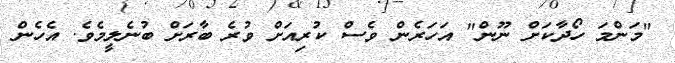
"މަންމަ ހޯދާކަށް ނޫން" އަހަރެން ވެސް ކުރިއަށް ވުރެ ބާރަށް ބުނެލީމެވެ. އެހެން